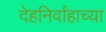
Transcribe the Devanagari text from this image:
देहनिर्वाहाच्या